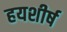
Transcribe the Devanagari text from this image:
हयशीर्ष